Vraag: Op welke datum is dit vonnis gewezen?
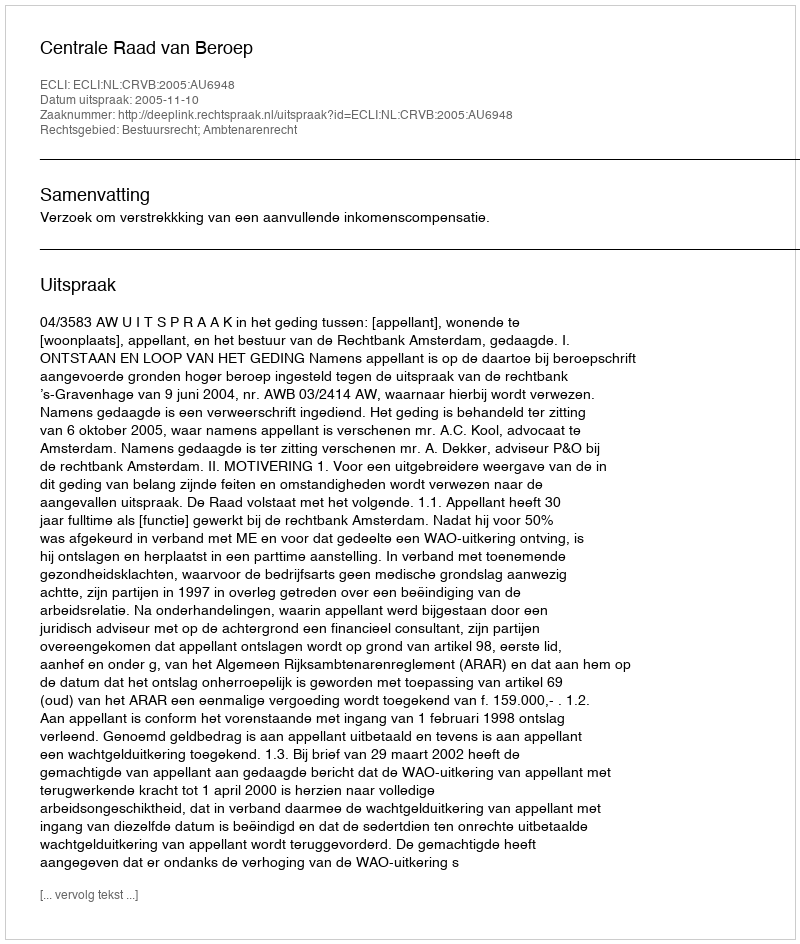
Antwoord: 2005-11-10